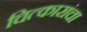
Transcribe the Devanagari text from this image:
चित्कारांचा